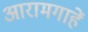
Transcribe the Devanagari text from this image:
आरामगाहें